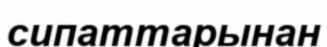
сипаттарынан